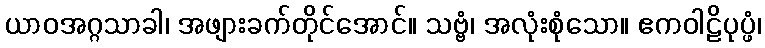
ယာဝအဂ္ဂသာခါ၊ အဖျားခက်တိုင်အောင်။ သဗ္ဗံ၊ အလုံးစုံသော။ ဧကဝါဠိပုပ္ဖံ၊